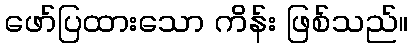
ဖော်ပြထားသော ကိန်း ဖြစ်သည်။